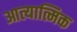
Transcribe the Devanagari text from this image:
आत्यात्मिक